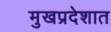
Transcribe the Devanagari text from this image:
मुखप्रदेशात